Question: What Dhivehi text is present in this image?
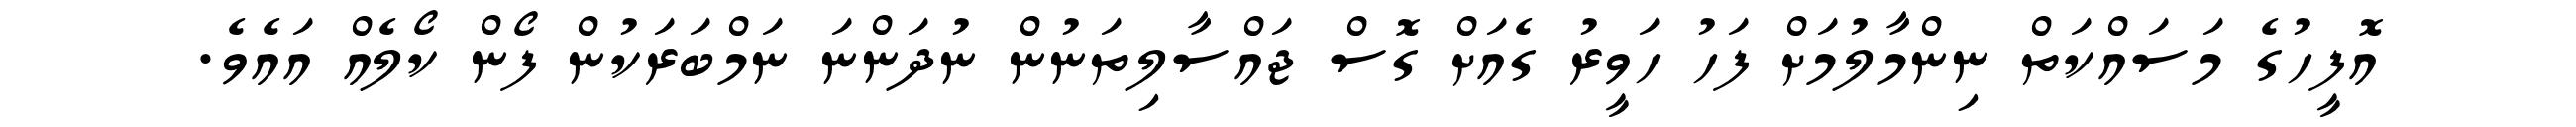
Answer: އޮފީހުގެ މަސައްކަތް ނިންމާލުމަށް ފަހު ހަވީރު ގެއަށް ގޮސް ޖައްސާލިތަނުން ނުދަންނަ ނަމްބަރަކުން ފޯން ކޯލެއް އައެވެ.